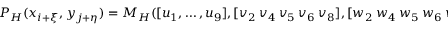
P _ { H } ( x _ { i + \xi } , y _ { j + \eta } ) = M _ { H } ( [ u _ { 1 } , \dots , u _ { 9 } ] , [ v _ { 2 } ~ v _ { 4 } ~ v _ { 5 } ~ v _ { 6 } ~ v _ { 8 } ] , [ w _ { 2 } ~ w _ { 4 } ~ w _ { 5 } ~ w _ { 6 } ~ w _ { 8 } ] , \xi , \eta ) .